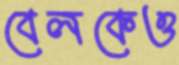
বেলকেও